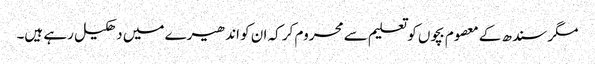
مگر سندھ کے معصوم بچوں کو تعلیم سے محروم کر کہ ان کو اندھیرے میں دھکیل رہے ہیں۔